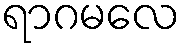
ရာဂမလေ